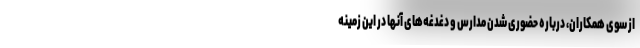
از سوی همکاران، درباره حضوری شدن مدارس و دغدغه‌های آنها در این زمینه